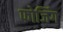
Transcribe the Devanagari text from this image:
फोजिंग